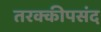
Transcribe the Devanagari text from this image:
तरक्कीपसंद